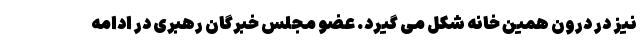
نیز در درون همین خانه شکل می گیرد. عضو مجلس خبرگان رهبری در ادامه